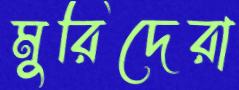
মুরিদেরা